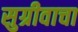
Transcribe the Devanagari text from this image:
सुग्रीवाचा